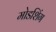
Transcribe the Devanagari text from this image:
मोडशिंग